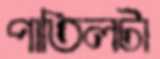
পাতিলটা